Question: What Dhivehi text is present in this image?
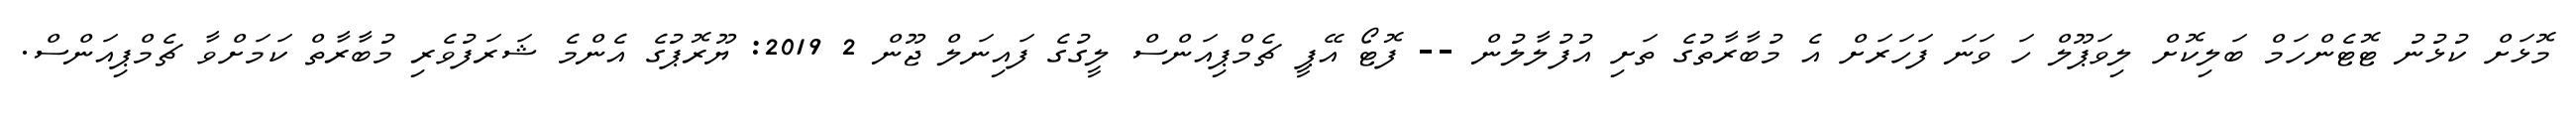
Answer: މޮޅަށް ކުޅުނު ޓޮޓެންހަމް ބަލިކޮށް ލިވަޕޫލް ހަ ވަނަ ފަހަރަށް އެ މުބާރާތުގެ ތަށި އުފުލާލުން -- ފޮޓޯ އޭޕީ ޗެމްޕިއަންސް ލީގުގެ ފައިނަލް ޖޫން 2 2019: ޔޫރޮޕުގެ އެންމެ ޝަރަފުވެރި މުބާރާތް ކަމަށްވާ ޗެމްޕިއަންސް.